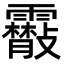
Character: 䨷